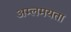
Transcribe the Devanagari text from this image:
अम्लमयता